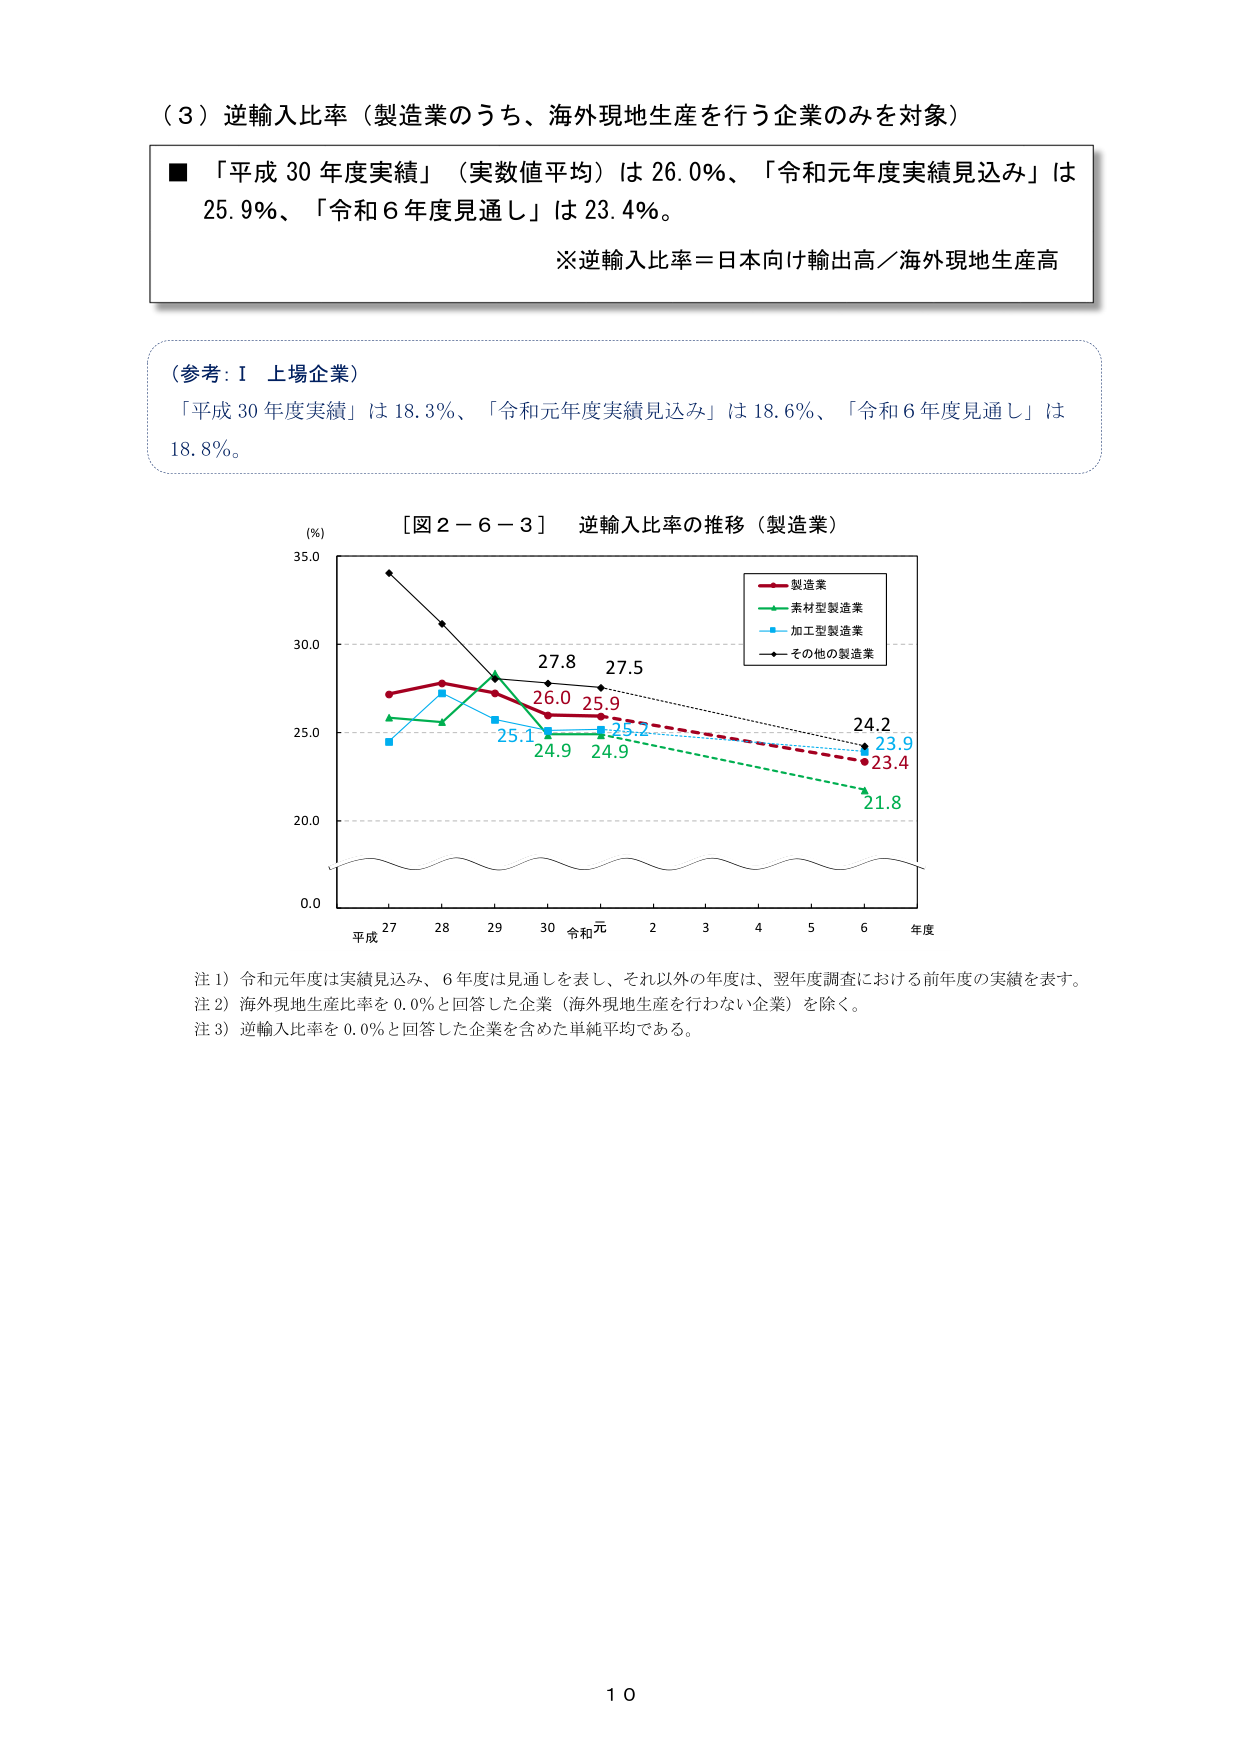
（３）逆輸入比率（製造業のうち、海外現地生産を行う企業のみを対象）

■ 「平成30年度実績」（実数値平均）は26.0％、「令和元年度実績見込み」は25.9％、「令和6年度見通し」は23.4％。

※逆輸入比率＝日本向け輸出高／海外現地生産高

（参考：Ⅰ 上場企業）
「平成30年度実績」は18.3％、「令和元年度実績見込み」は18.6％、「令和6年度見通し」は18.8％。

［図２－６－３］ 逆輸入比率の推移（製造業）

（％）
35.0
30.0
25.0
20.0
0.0

平成27　28　29　30　令和元　2　3　4　5　6　年度

■ 製造業
■ 素材型製造業
■ 加工型製造業
■ その他の製造業

27.8　27.5
26.0　25.9
25.1　25.2
24.9　24.9
24.2　23.9
23.4
21.8

注１）令和元年度は実績見込み、6年度は見通しを表し、それ以外の年度は、翌年度調査における前年度の実績を表す。
注２）海外現地生産比率を0.0％と回答した企業（海外現地生産を行わない企業）を除く。
注３）逆輸入比率を0.0％と回答した企業を含めた単純平均である。

10